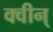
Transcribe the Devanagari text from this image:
क्वीन्